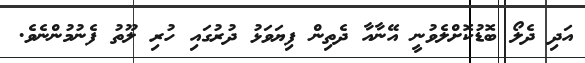
އަދި ދެލޯ ބޮޑުކޮށްލެވުނީ އޭނާއާ ދެތިން ފިޔަވަޅު ދުރުގައި ހުރި ލޫތު ފެނުމުންނެވެ.